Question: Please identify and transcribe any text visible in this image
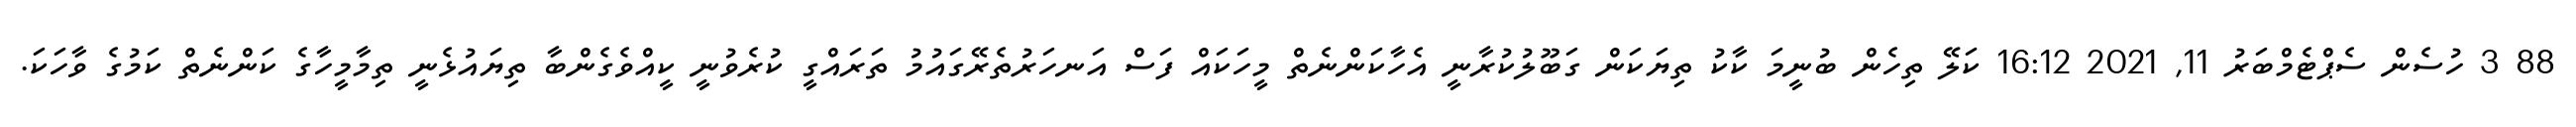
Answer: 88 3 ހުސެން ސެޕްޓެމްބަރު 11, 2021 16:12 ކަލޭ ތިހެން ބުނީމަ ކާކު ތިޔަކަން ގަބޫލުކުރާނީ އެހާކަންނެތް މީހަކައް ފަސް އަނހަރުތެރޭގައުމު ތަރައްގީ ކުރެވުނީ ކީއްވެގެންބާ ތިޔައުޅެނީ ތިމާމީހާގެ ކަންނެތް ކަމުގެ ވާހަކަ.